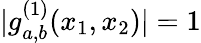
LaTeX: |g_{a,b}^{(1)}(x_{1},x_{2})|=1